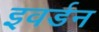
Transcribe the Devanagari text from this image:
इवर्डन